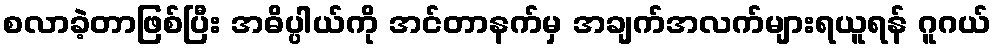
စလာခဲ့တာဖြစ်ပြီး အဓိပ္ပါယ်ကို အင်တာနက်မှ အချက်အလက်များရယူရန် ဂူဂယ်